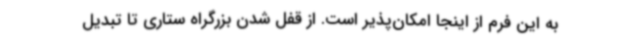
به این فرم از اینجا امکان‌پذیر است. از قفل شدن بزرگراه ستاری تا تبدیل